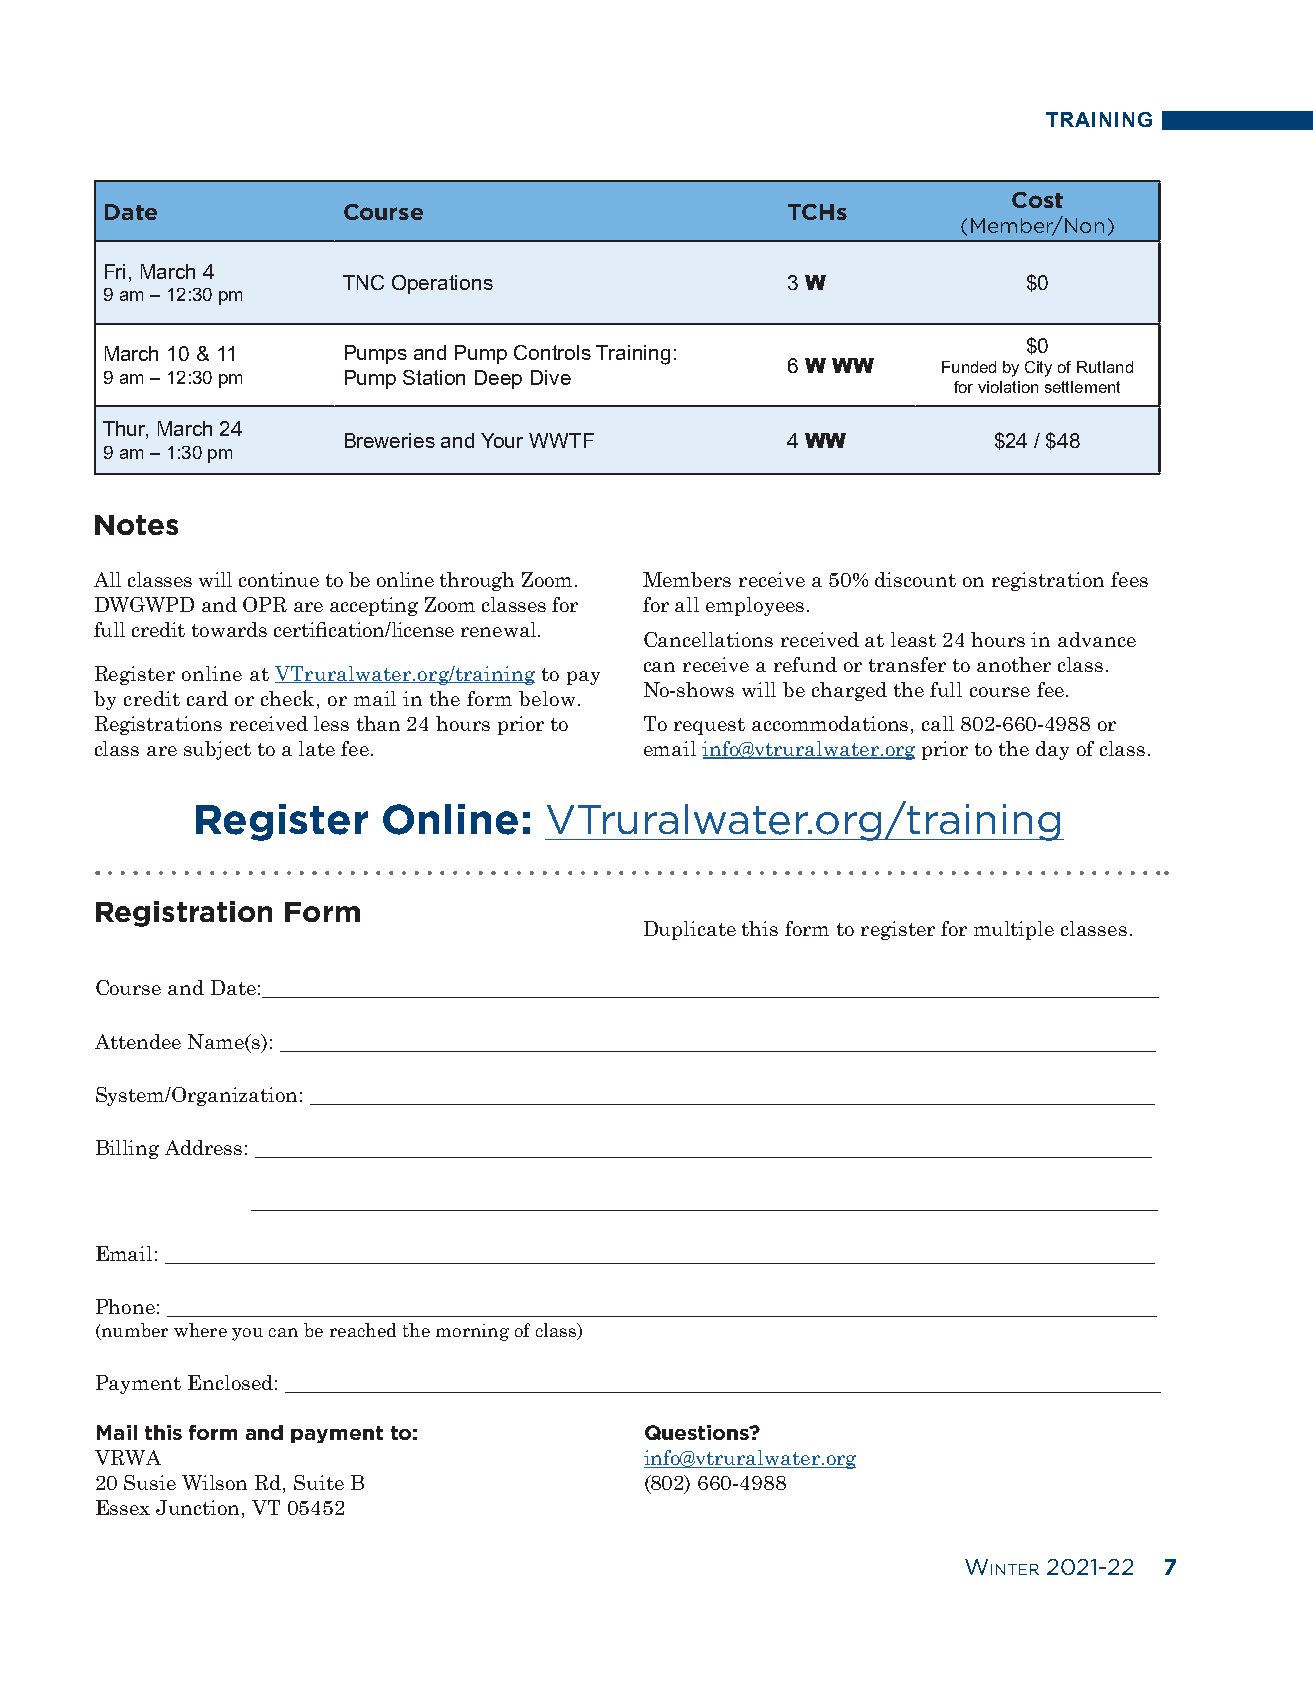
TRAINING
 Cost
 Date            Course                       TCHs
 (Member/Non)
 Fri, March 4
 TNC Operations               3 W             $0
 9 am – 12:30 pm
 $0
 March 10 & 11   Pumps and Pump Controls Training:
 6 W WW    Funded by City of Rutland
 9 am – 12:30 pm Pump Station Deep Dive
 for violation settlement
 Thur, March 24
 Breweries and Your WWTF      4 WW          $24 / $48
 9 am – 1:30 pm
 Notes
 All classes will continue to be online through Zoom. Members receive a 50% discount on registration fees
 DWGWPD and OPR are accepting Zoom classes for for all employees.
 full credit towards certification/license renewal.
 Cancellations received at least 24 hours in advance
 can receive a refund or transfer to another class.
 Register online at VTruralwater.org/training to pay
 No-shows will be charged the full course fee.
 by credit card or check, or mail in the form below.
 Registrations received less than 24 hours prior to To request accommodations, call 802-660-4988 or
 class are subject to a late fee.     email info@vtruralwater.org prior to the day of class.
 Register    Online:    VTruralwater.org/training
 Registration Form
 Duplicate this form to register for multiple classes.
 Course and Date:______________________________________________________________________________________
 Attendee Name(s): ____________________________________________________________________________________
 System/Organization: _________________________________________________________________________________
 Billing Address: ______________________________________________________________________________________
 _______________________________________________________________________________________
 Email: _______________________________________________________________________________________________
 Phone: _______________________________________________________________________________________________
 (number where you can be reached the morning of class)
 Payment Enclosed: ____________________________________________________________________________________
 Mail this form and payment to:       Questions?
 VRWA                                 info@vtruralwater.org
 20 Susie Wilson Rd, Suite B          (802) 660-4988
 Essex Junction, VT 05452
 Winter 2021-22 7